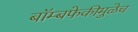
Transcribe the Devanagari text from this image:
बॉम्बफेकीमुळेच